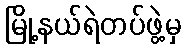
မြို့နယ်ရဲတပ်ဖွဲ့မှ